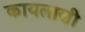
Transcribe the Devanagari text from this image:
कायलाणी